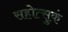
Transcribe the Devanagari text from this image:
सहोत्सुकं